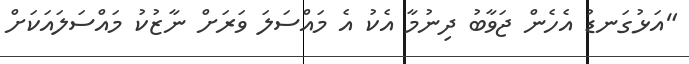
"އަޅުގަނޑު އެހެން ޖަވާބު ދިނުމާ އެކު އެ މައްސަލަ ވަރަށް ނާޒުކު މައްސަލައަކަށް